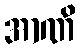
အာဏိ